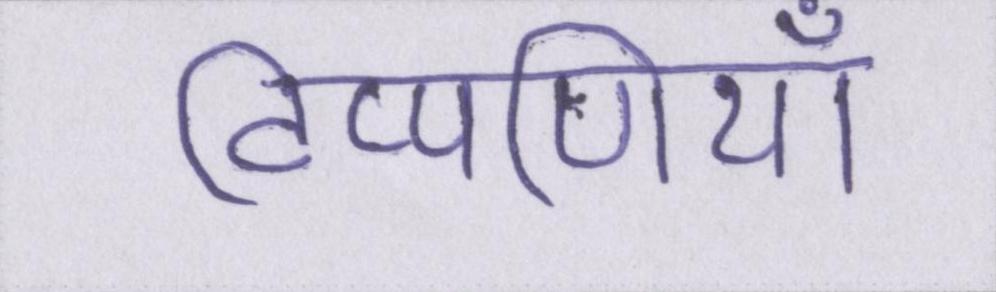
टिप्पणियाँ